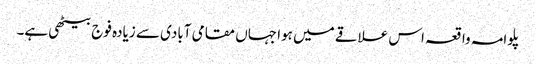
پلوامہ واقعہ اس علاقے میں ہوا جہاں مقامی آبادی سے زیادہ فوج بیٹھی ہے۔